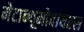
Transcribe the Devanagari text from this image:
मेटान्यूमोवायरस